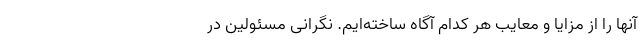
آنها را از مزایا و معایب هر کدام آگاه ساخته‌ایم. نگرانی مسئولین در